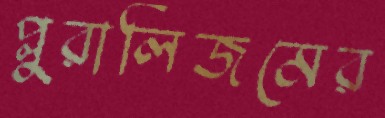
প্লুরালিজমের